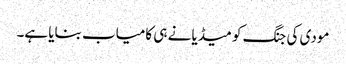
مودی کی جنگ کو میڈیا نے ہی کامیاب بنایا ہے۔